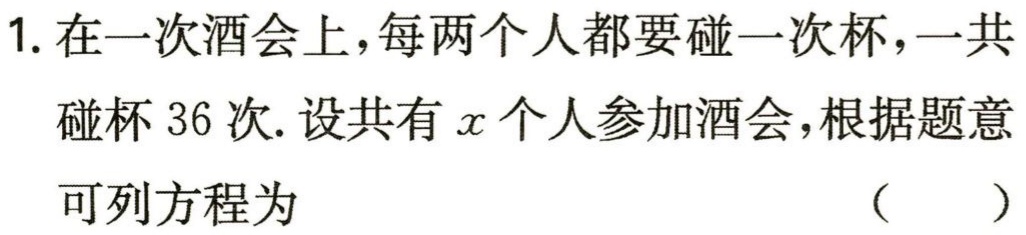
1. 在一次酒会上，每两个人都要碰一次杯，一共碰杯 36 次. 设共有\(x\)个人参加酒会，根据题意可列方程为 （  ）